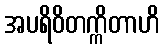
အပရိဝိတက္ကိတာဟိ